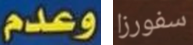
وعدم سفورزا